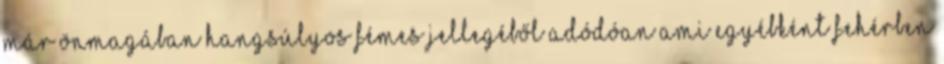
már önmagában hangsúlyos fémes jellegéből adódóan ami egyébként fehérben